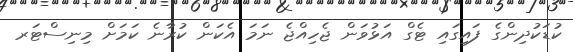
ކުޑަކުދިންގެ ފައިގައި ޓެގް އަޅުވަން ޖެހިއްޖެ ނަމަ އެކަން ކުރާނެ ކަމަށް މިނިސްޓަރ